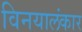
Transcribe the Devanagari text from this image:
विनयालंकार